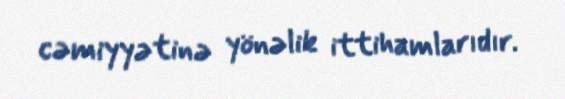
cəmiyyətinə yönəlik ittihamlarıdır.